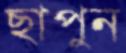
ছাপুন